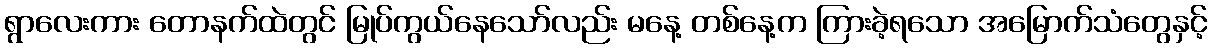
ရွာလေးကား တောနက်ထဲတွင် မြုပ်ကွယ်နေသော်လည်း မနေ့ တစ်နေ့က ကြားခဲ့ရသော အမြောက်သံတွေနှင့်